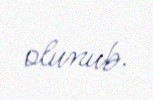
olunub.